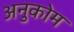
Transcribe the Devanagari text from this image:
अनुकोम